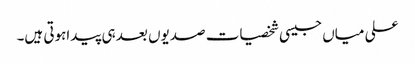
علی میاں جیسی شخصیات صدیوں بعد ہی پیداہوتی ہیں۔